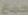
جمع